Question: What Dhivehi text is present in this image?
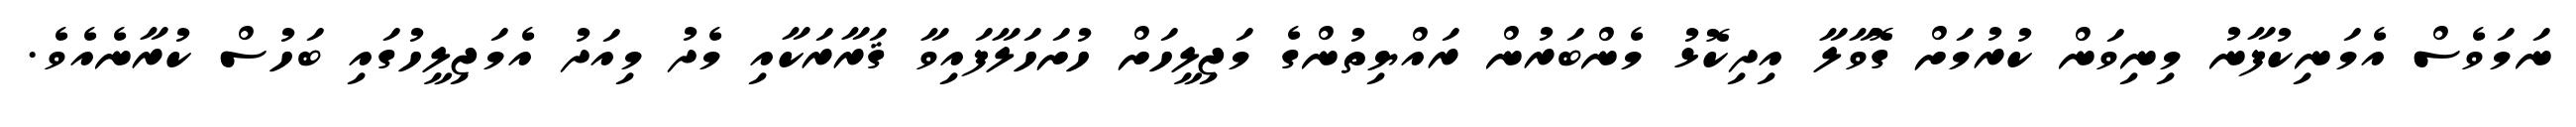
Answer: ނަމަވެސް އެމަނިކުފާނު މިނިވަން ކުރުމަށް ގޮވާލާ އިދިކޮޅު މެންބަރުން ރައްޔިތުންގެ މަޖިލީހަށް ހުށަހަލާފައިވާ ޤަރާރަކާއި މެދު މިއަދު އެމަޖިލީހުގައި ބަހުސް ކުރާނެއެވެ.